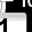
Digit: 1